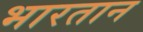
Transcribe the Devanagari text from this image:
भारतान